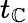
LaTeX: t_{\mathbb{C}}